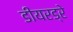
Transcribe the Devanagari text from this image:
डीयरड्रे